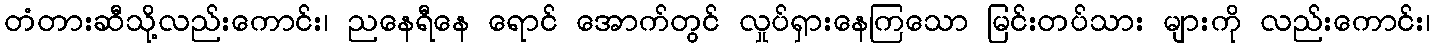
တံတားဆီသို့လည်းကောင်း၊ ညနေရီနေ ရောင် အောက်တွင် လှုပ်ရှားနေကြသော မြင်းတပ်သား များကို လည်းကောင်း၊